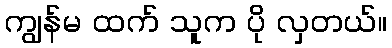
ကျွန်မ ထက် သူက ပို လှတယ်။